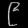
Digit: ၉